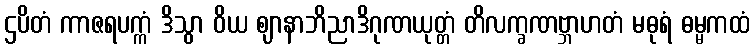
ဌပိတံ ကာဇရပက္ကံ ဒိသွာ ဝိယ ဈာနာဘိညာဒိဂုဏယုတ္တံ တိလက္ခဏဗ္ဘာဟတံ မဓုရံ ဓမ္မကထံ